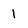
Character: I